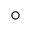
\circ